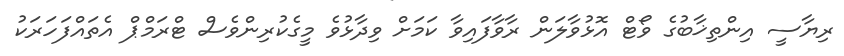
ރިޔާސީ އިންތިޚާބުގެ ވޯޓް އޮޅުވާލަން ރާވާފައިވާ ކަމަށް ވިދާޅުވެ މީގެކުރިންވެސް ޓްރަމްޕް އެތައްފަހަރަކު